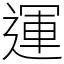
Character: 運